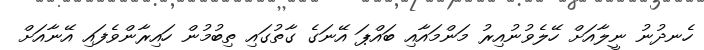
ހެނދުނު ނީލާއަށް ހޭލެވުނުއިރު މަންމައާއި ބައްޕަ އޭނަގެ ގާތުގައި ތިބުމުން ހައިރާންވެފައި އޭނާއަށް